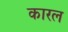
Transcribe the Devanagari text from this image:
कारल